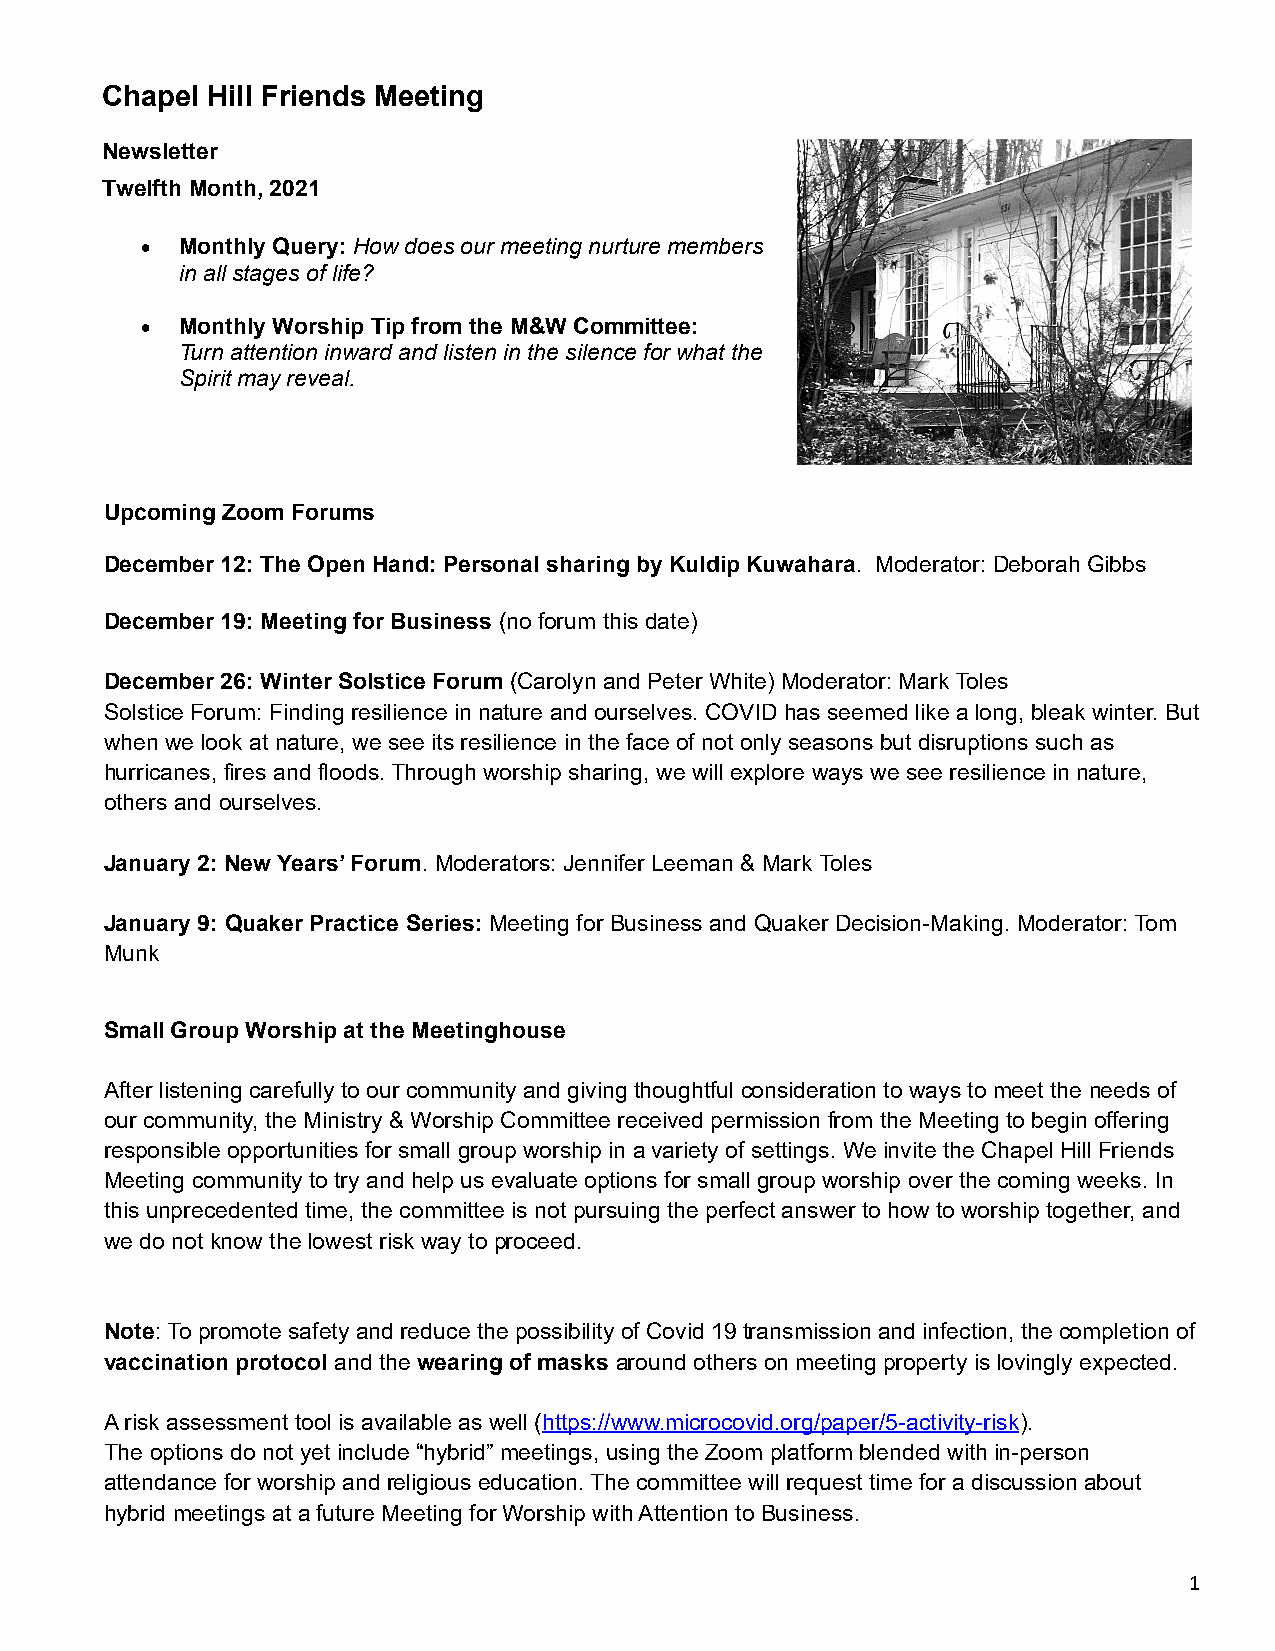
Chapel Hill Friends Meeting
 Newsletter
 Twelfth Month, 2021
   Monthly Query: How does our meeting nurture members
 in all stages of life?
   Monthly Worship Tip from the M&W Committee:
 Turn attention inward and listen in the silence for what the
 Spirit may reveal.
 Upcoming Zoom Forums
 December 12: The Open Hand: Personal sharing by Kuldip Kuwahara. Moderator: Deborah Gibbs
 December 19: Meeting for Business (no forum this date)
 December 26: Winter Solstice Forum (Carolyn and Peter White) Moderator: Mark Toles
 Solstice Forum: Finding resilience in nature and ourselves. COVID has seemed like a long, bleak winter. But
 when we look at nature, we see its resilience in the face of not only seasons but disruptions such as
 hurricanes, fires and floods. Through worship sharing, we will explore ways we see resilience in nature,
 others and ourselves.
 January 2: New Years’ Forum. Moderators: Jennifer Leeman & Mark Toles
 January 9: Quaker Practice Series: Meeting for Business and Quaker Decision-Making. Moderator: Tom
 Munk
 Small Group Worship at the Meetinghouse
 After listening carefully to our community and giving thoughtful consideration to ways to meet the needs of
 our community, the Ministry & Worship Committee received permission from the Meeting to begin offering
 responsible opportunities for small group worship in a variety of settings. We invite the Chapel Hill Friends
 Meeting community to try and help us evaluate options for small group worship over the coming weeks. In
 this unprecedented time, the committee is not pursuing the perfect answer to how to worship together, and
 we do not know the lowest risk way to proceed.
 Note: To promote safety and reduce the possibility of Covid 19 transmission and infection, the completion of
 vaccination protocol and the wearing of masks around others on meeting property is lovingly expected.
 A risk assessment tool is available as well (https://www.microcovid.org/paper/5-activity-risk).
 The options do not yet include “hybrid” meetings, using the Zoom platform blended with in-person
 attendance for worship and religious education. The committee will request time for a discussion about
 hybrid meetings at a future Meeting for Worship with Attention to Business.
 1